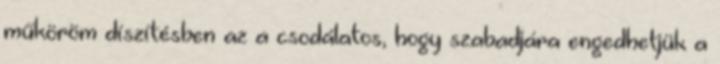
műköröm díszítésben az a csodálatos, hogy szabadjára engedhetjük a